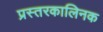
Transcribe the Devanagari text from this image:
प्रस्तरकालिनक